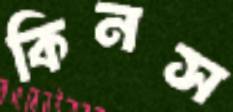
কিনস